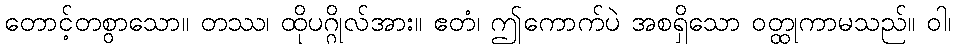
တောင့်တစွာသော။ တဿ၊ ထိုပဂ္ဂိုလ်အား။ ဧတံ၊ ဤကောက်ပဲ အစရှိသော ဝတ္ထုကာမသည်။ ဝါ၊